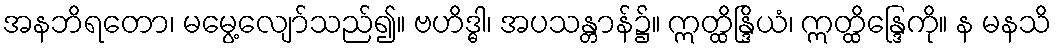
အနဘိရတော၊ မမွေ့လျော်သည်၍။ ဗဟိဒ္ဓါ၊ အပသန္တာန်၌။ ဣတ္ထိန္ဒြိယံ၊ ဣတ္ထိန္ဒြေကို။ န မနသိ